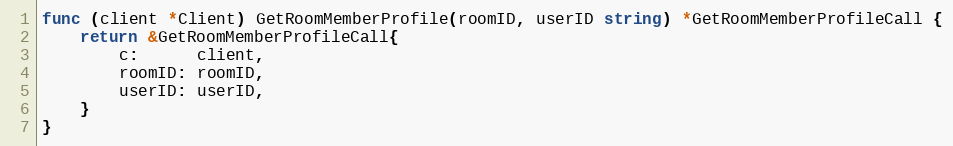
Language: Go
func (client *Client) GetRoomMemberProfile(roomID, userID string) *GetRoomMemberProfileCall {
	return &GetRoomMemberProfileCall{
		c:      client,
		roomID: roomID,
		userID: userID,
	}
}